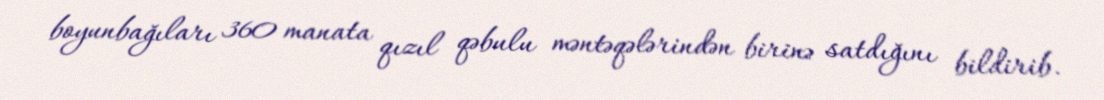
boyunbağıları 360 manata qızıl qəbulu məntəqələrindən birinə satdığını bildirib.